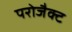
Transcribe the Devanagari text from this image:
परोजैक्ट